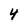
Character: 4